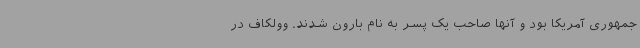
جمهوری آمریکا بود و آنها صاحب یک پسر به نام بارون شدند. وولکاف در